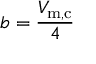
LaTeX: b = { \frac { V _ { \mathrm { m , c } } } { 4 } }